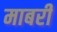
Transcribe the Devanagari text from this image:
माबरी